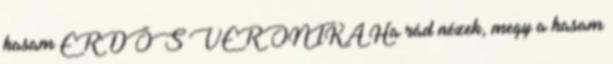
hasam ERDŐS VERONIKA Ha rád nézek, megy a hasam